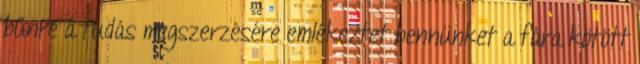
bűnre a tudás megszerzésére emlékeztet bennünket a fára kötött